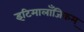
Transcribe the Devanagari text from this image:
इटिमालाँजिकम्